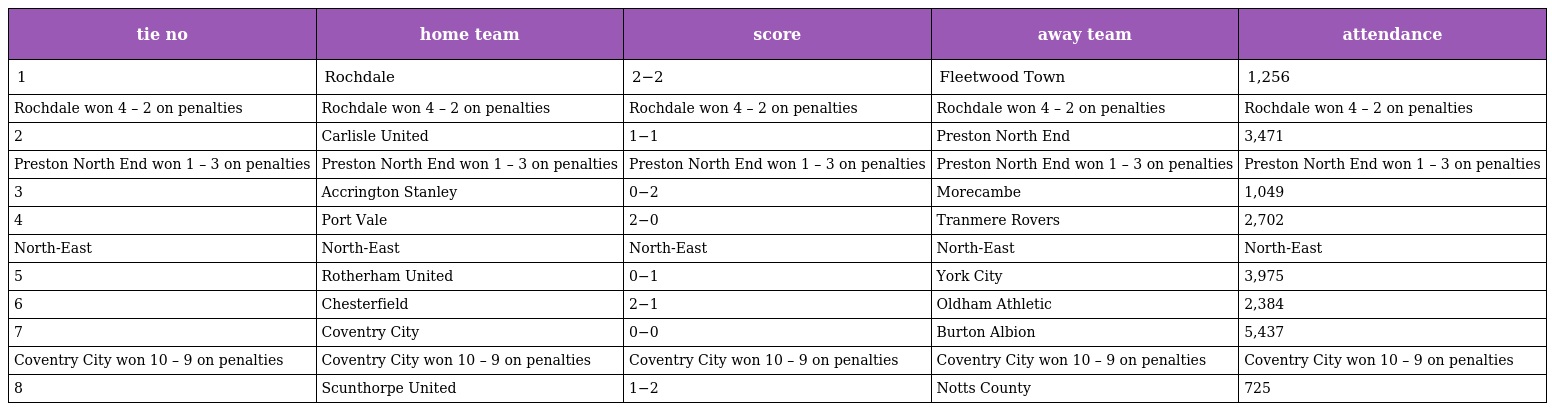
| tie no | home team | score | away team | attendance |
 | --- | --- | --- | --- | --- |
 | 1 | Rochdale | 2−2 | Fleetwood Town | 1,256 |
 | Rochdale won 4 – 2 on penalties | Rochdale won 4 – 2 on penalties | Rochdale won 4 – 2 on penalties | Rochdale won 4 – 2 on penalties | Rochdale won 4 – 2 on penalties |
 | 2 | Carlisle United | 1−1 | Preston North End | 3,471 |
 | Preston North End won 1 – 3 on penalties | Preston North End won 1 – 3 on penalties | Preston North End won 1 – 3 on penalties | Preston North End won 1 – 3 on penalties | Preston North End won 1 – 3 on penalties |
 | 3 | Accrington Stanley | 0−2 | Morecambe | 1,049 |
 | 4 | Port Vale | 2−0 | Tranmere Rovers | 2,702 |
 | North-East | North-East | North-East | North-East | North-East |
 | 5 | Rotherham United | 0−1 | York City | 3,975 |
 | 6 | Chesterfield | 2−1 | Oldham Athletic | 2,384 |
 | 7 | Coventry City | 0−0 | Burton Albion | 5,437 |
 | Coventry City won 10 – 9 on penalties | Coventry City won 10 – 9 on penalties | Coventry City won 10 – 9 on penalties | Coventry City won 10 – 9 on penalties | Coventry City won 10 – 9 on penalties |
 | 8 | Scunthorpe United | 1−2 | Notts County | 725 |